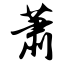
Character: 萧